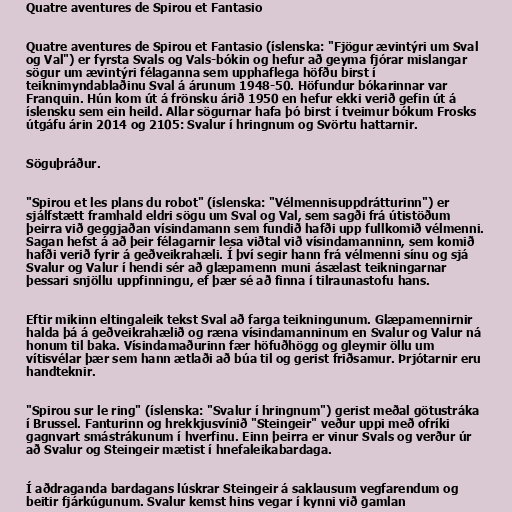
Quatre aventures de Spirou et Fantasio

Quatre aventures de Spirou et Fantasio (íslenska: "Fjögur ævintýri um Sval
og Val") er fyrsta Svals og Vals-bókin og hefur að geyma fjórar mislangar
sögur um ævintýri félaganna sem upphaflega höfðu birst í
teiknimyndablaðinu Sval á árunum 1948-50. Höfundur bókarinnar var
Franquin. Hún kom út á frönsku árið 1950 en hefur ekki verið gefin út á
íslensku sem ein heild. Allar sögurnar hafa þó birst í tveimur bókum Frosks
útgáfu árin 2014 og 2105: Svalur í hringnum og Svörtu hattarnir.

Söguþráður.

"Spirou et les plans du robot" (íslenska: "Vélmennisuppdrátturinn") er
sjálfstætt framhald eldri sögu um Sval og Val, sem sagði frá útistöðum
þeirra við geggjaðan vísindamann sem fundið hafði upp fullkomið vélmenni.
Sagan hefst á að þeir félagarnir lesa viðtal við vísindamanninn, sem komið
hafði verið fyrir á geðveikrahæli. Í því segir hann frá vélmenni sínu og sjá
Svalur og Valur í hendi sér að glæpamenn muni ásælast teikningarnar
þessari snjöllu uppfinningu, ef þær sé að finna í tilraunastofu hans.

Eftir mikinn eltingaleik tekst Sval að farga teikningunum. Glæpamennirnir
halda þá á geðveikrahælið og ræna vísindamanninum en Svalur og Valur ná
honum til baka. Vísindamaðurinn fær höfuðhögg og gleymir öllu um
vítisvélar þær sem hann ætlaði að búa til og gerist friðsamur. Þrjótarnir eru
handteknir.

"Spirou sur le ring" (íslenska: "Svalur í hringnum") gerist meðal götustráka
í Brussel. Fanturinn og hrekkjusvínið "Steingeir" veður uppi með ofríki
gagnvart smástrákunum í hverfinu. Einn þeirra er vinur Svals og verður úr
að Svalur og Steingeir mætist í hnefaleikabardaga.

Í aðdraganda bardagans lúskrar Steingeir á saklausum vegfarendum og
beitir fjárkúgunum. Svalur kemst hins vegar í kynni við gamlan